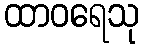
ထာဝရေသု